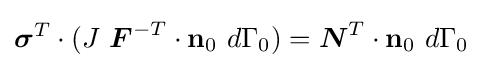
{\boldsymbol {\sigma }}^{T}\cdot (J~{\boldsymbol {F}}^{-T}\cdot \mathbf {n} _{0}~d\Gamma _{0})={\boldsymbol {N}}^{T}\cdot \mathbf {n} _{0}~d\Gamma _{0}